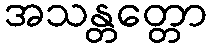
အသန္တတ္တော